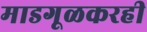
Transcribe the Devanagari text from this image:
माडगूळकरही